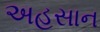
અહસાન